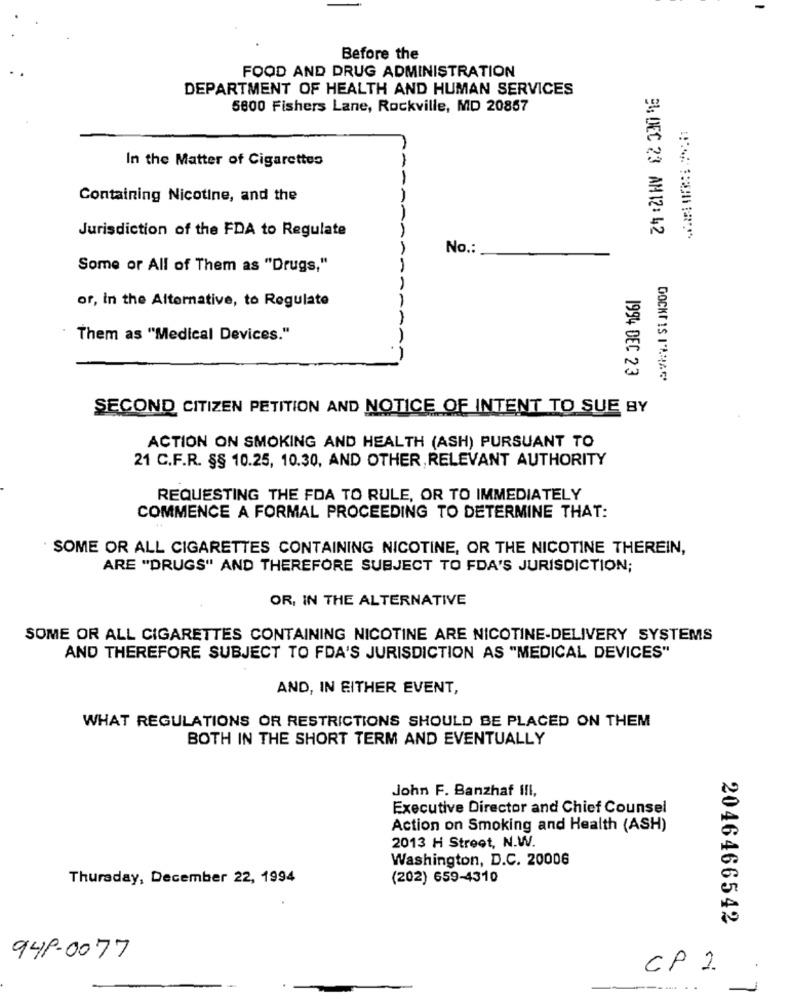
Before the
FOOD AND DRUG ADMINISTRATION
DEPARTMENT OF HEALTH AND HUMAN SERVICES
5800 Fishers Lane, Rockville, MD 20857
In the Matter of Cigarettes
--
Containing Nicotine, and the
AA
Jurisdiction of the FDA to Regulate
9% DEC 23 AM 12: 42
No .:
Some or All of Them as "Drugs,"
or, in the Alternative, to Regulate
--
Them as "Medical Devices."
1994 DEC 23
DOCKT IS I'AMA
SECOND CITIZEN PETITION AND NOTICE OF INTENT TO SUE BY
ACTION ON SMOKING AND HEALTH (ASH) PURSUANT TO
21 C.F.R. §§ 10.25, 10.30, AND OTHER, RELEVANT AUTHORITY
REQUESTING THE FDA TO RULE, OR TO IMMEDIATELY
COMMENCE A FORMAL PROCEEDING TO DETERMINE THAT:
SOME OR ALL CIGARETTES CONTAINING NICOTINE, OR THE NICOTINE THEREIN,
ARE "DRUGS" AND THEREFORE SUBJECT TO FDA'S JURISDICTION;
OR, IN THE ALTERNATIVE
SOME OR ALL CIGARETTES CONTAINING NICOTINE ARE NICOTINE-DELIVERY SYSTEMS
AND THEREFORE SUBJECT TO FDA'S JURISDICTION AS "MEDICAL DEVICES"
AND, IN EITHER EVENT,
WHAT REGULATIONS OR RESTRICTIONS SHOULD BE PLACED ON THEM
BOTH IN THE SHORT TERM AND EVENTUALLY
John F. Banzhaf I!I,
Executive Director and Chief Counsel
Action on Smoking and Health (ASH)
2013 H Street, N.W.
Washington, D.C. 20006
Thursday, December 22, 1994
(202) 659-4310
2046466542
948-0077
CP 2.
..